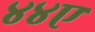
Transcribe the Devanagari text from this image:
४४ए